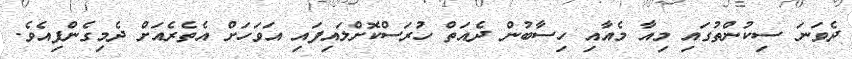
ދެވަނަ ސިކުންތުގައި މިއާ މެއާއި ހިސާބުން ދެއަތް ހުރަސްކޮށްލައިފައި އަވަހަށް އެތެރެއަށް ދެމިގެންފިއެވެ.